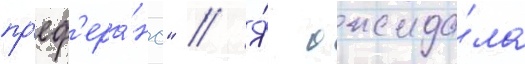
пр'еф'ера́нс" // Я́ ожида́ла